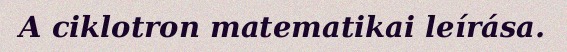
A ciklotron matematikai leírása.